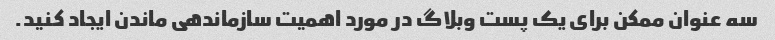
سه عنوان ممکن برای یک پست وبلاگ در مورد اهمیت سازماندهی ماندن ایجاد کنید.